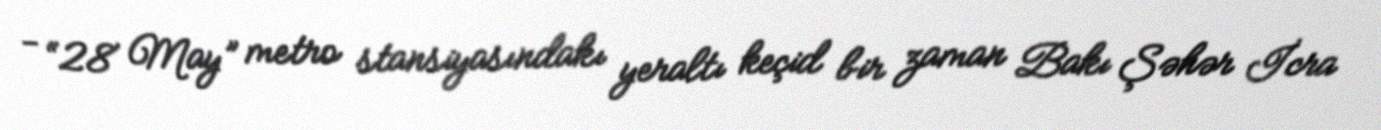
- “28 May” metro stansiyasındakı yeraltı keçid bir zaman Bakı Şəhər İcra